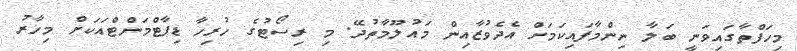
މިހަފްތާގައިވަނީ ބަލާ ނިންމާފައިކަމަށް އެދެވުޒާއިން މައުލޫމާތުދޭ. މި ރިސޯޓުގެ ހުރިހާ ޑިޕާޓްމަންޓްއަކަށް މިހާރު